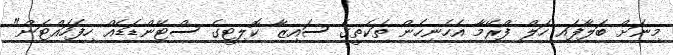
މިނަށް ބަލާފައި ހަލް ފްރޭމާ އެހެނިހެން ތަކެތީގެ ސައިޒާ ކޮލިޓީގެ ސްޓޭންޑަޑެއް ހިފަހައްޓަން"